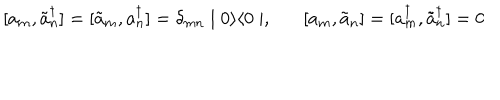
LaTeX: [ a _ { m } , \tilde { a } _ { n } ^ { \dagger } ] = [ \tilde { a } _ { m } , a _ { n } ^ { \dagger } ] = \delta _ { m n } \mid 0 \rangle \langle 0 \mid , [ a _ { m } , \tilde { a } _ { n } ] = [ a _ { m } ^ { \dagger } , \tilde { a } _ { n } ^ { \dagger } ] = 0